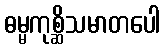
ဓမ္မကုစ္ဆိသမာတပေါ